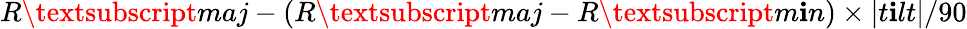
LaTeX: {R\textsubscript{maj}-{(R\textsubscript{maj}-R\textsubscript{m\mathbf{i}n})}\times|t\mathbf{i}lt|/90}